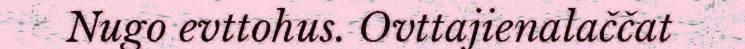
Nugo evttohus. Ovttajienalaččat